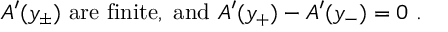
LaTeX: { \cal A } ^ { \prime } ( y _ { \pm } ) ~ { \mathrm { a r e ~ f i n i t e , ~ a n d } } ~ { \cal A } ^ { \prime } ( y _ { + } ) - { \cal A } ^ { \prime } ( y _ { - } ) = 0 ~ .